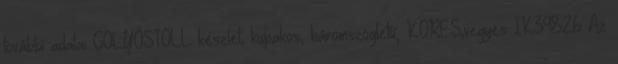
további adatai GOLYÓSTOLL készlet, kupakos, háromszögletű, KORES,vegyes IK39826 Az